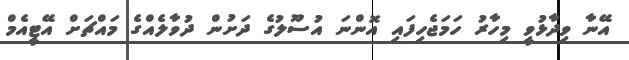
އޭނާ ވިދާޅުވީ މިހާރު ހަމަޖެހިފައި އޮންނަ އުސޫލުގެ ދަށުން ދުވާލެއްގެ މައްޗަށް އޭޓީއެމް